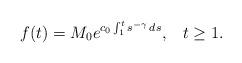
LaTeX: \begin{align*} f(t) = M_0 e^{c_0 \int_1^t { s^{-\gamma} } \, ds}, \;\;\; t \ge 1. \end{align*}